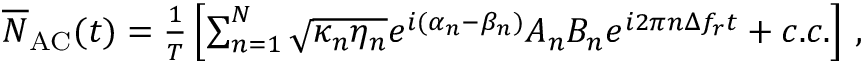
\begin{array} { r } { \overline { N } _ { \mathrm { A C } } ( t ) = \frac { 1 } { T } \left[ \sum _ { n = 1 } ^ { N } \sqrt { \kappa _ { n } \eta _ { n } } e ^ { i ( \alpha _ { n } - \beta _ { n } ) } A _ { n } B _ { n } e ^ { i 2 \pi n \Delta f _ { r } t } + c . c . \right] \, , } \end{array}